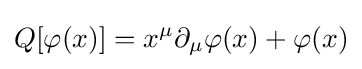
Q[\varphi (x)]=x^{\mu }\partial _{\mu }\varphi (x)+\varphi (x)